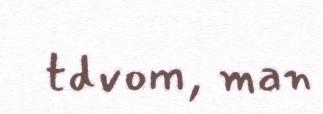
tdvom, man